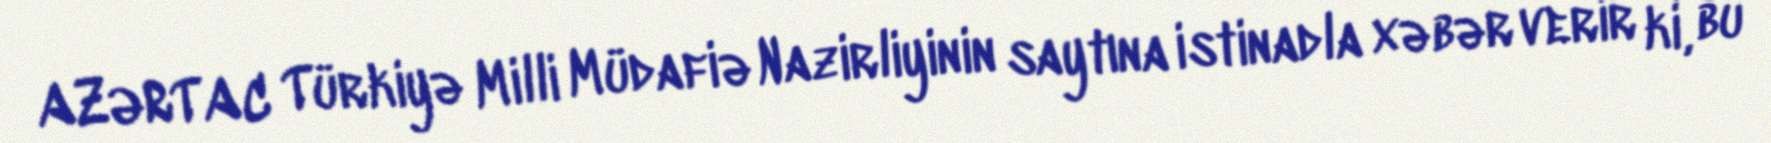
AZƏRTAC Türkiyə Milli Müdafiə Nazirliyinin saytına istinadla xəbər verir ki, bu